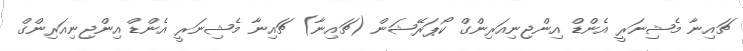
ޗައިނާ މެޝިނަރީ އެންޑް އިންޖިނިއަރިންގް ކޯޕަރޭޝަން (ޗައިނާ) ޗައިނާ މެޝިނަރީ އެންޑް އިންޖިނިއަރިންގް